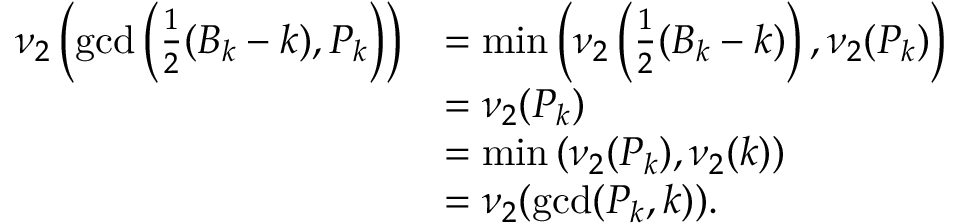
\begin{array} { r l } { \nu _ { 2 } \left( \operatorname* { g c d } \left( \frac { 1 } { 2 } ( B _ { k } - k ) , P _ { k } \right) \right) } & { = \operatorname* { m i n } \left( \nu _ { 2 } \left( \frac { 1 } { 2 } ( B _ { k } - k ) \right) , \nu _ { 2 } ( P _ { k } ) \right) } \\ & { = \nu _ { 2 } ( P _ { k } ) } \\ & { = \operatorname* { m i n } \left( \nu _ { 2 } ( P _ { k } ) , \nu _ { 2 } ( k ) \right) } \\ & { = \nu _ { 2 } ( \operatorname* { g c d } ( P _ { k } , k ) ) . } \end{array}